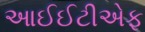
આઈઈટીએફ